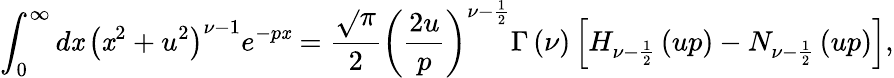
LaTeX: \int_{0}^{\infty}d\mathit{x}\, \left(\mathit{x}^{2}+u^{2}\right)^{\nu-1}e^{-p\mathit{x}}=\frac{{\sqrt{}{{\pi}}}}{{2}}\left(\frac{{2u}}{{p}}\right)^{\nu-\frac{{1}}{{2}}}\Gamma\left(\nu\right)\left[H_{\nu-\frac{{1}}{{2}}}\left(up\right)-N_{\nu-\frac{{1}}{{2}}}\left(up\right)\right],